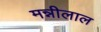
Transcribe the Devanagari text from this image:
मन्नीलाल